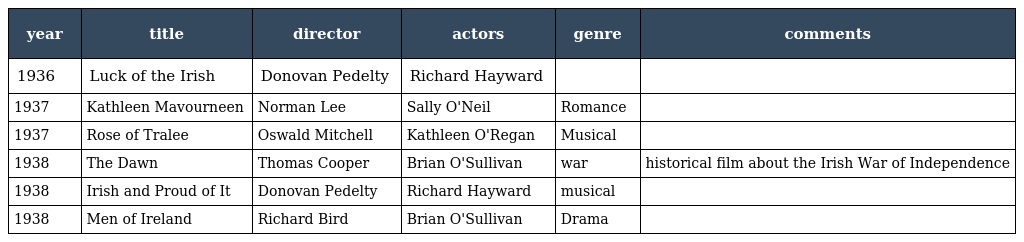
| year | title | director | actors | genre | comments |
 | --- | --- | --- | --- | --- | --- |
 | 1936 | Luck of the Irish | Donovan Pedelty | Richard Hayward |  |  |
 | 1937 | Kathleen Mavourneen | Norman Lee | Sally O'Neil | Romance |  |
 | 1937 | Rose of Tralee | Oswald Mitchell | Kathleen O'Regan | Musical |  |
 | 1938 | The Dawn | Thomas Cooper | Brian O'Sullivan | war | historical film about the Irish War of Independence |
 | 1938 | Irish and Proud of It | Donovan Pedelty | Richard Hayward | musical |  |
 | 1938 | Men of Ireland | Richard Bird | Brian O'Sullivan | Drama |  |